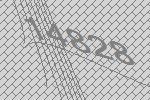
14828